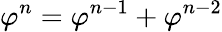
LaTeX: \varphi^{n}=\varphi^{n-1}+\varphi^{n-2}